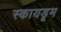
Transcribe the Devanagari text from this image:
स्कायडूम